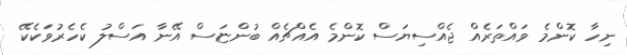
ނިހާ ކޮންމެ ވައްތަރެއް ޖެއްސިޔަސް ކޮންމެ އެއްޗެއް ބުންޏަސް އޭނާ އަސްލު ކެހެރުވަކެކޭ